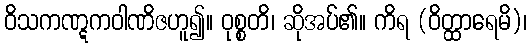
ဝိသကဏ္ဋကဝါဏိဇဟူ၍။ ဝုစ္စတိ၊ ဆိုအပ်၏။ ကိရ (ဝိတ္ထာရေမိ)၊